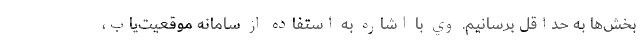
بخش‌ها به حداقل برسانيم. وي با اشاره به استفاده از سامانه موقعيت‌ياب،